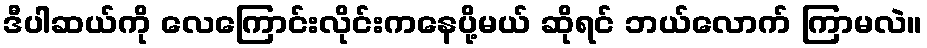
ဒီပါဆယ်ကို လေကြောင်းလိုင်းကနေပို့မယ် ဆိုရင် ဘယ်လောက် ကြာမလဲ။